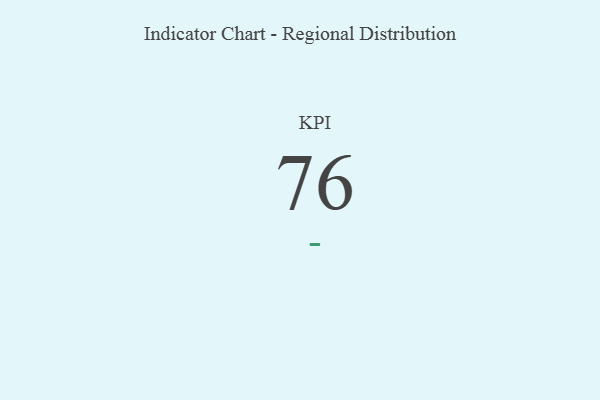
{"axis": {"x": "KPI", "y": "Value"}, "legend": [""], "data": [{"x": "KPI", "y": 76, "type": ""}]}